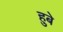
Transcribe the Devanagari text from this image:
हुबे